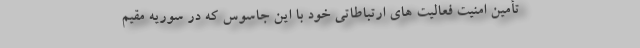
تأمین امنیت فعالیت ‌های ارتباطاتی خود با این جاسوس که در سوریه مقیم